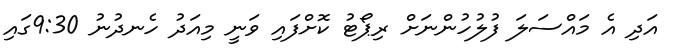
އަދި އެ މައްސަލަ ފުލުހުންނަށް ރިޕޯޓު ކޮށްފައި ވަނީ މިއަދު ހެނދުނު 9:30ގައި